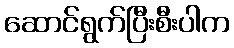
ဆောင်ရွက်ပြီးစီးပါက